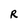
Character: R